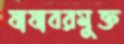
যাযাবরমুক্ত